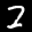
Label: 2